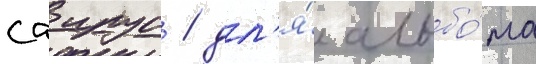
саирус / дл'я́ альбо́ма